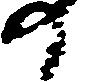
の